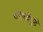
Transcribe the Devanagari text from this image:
परिषदेपुढे